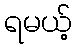
ရမယ့်